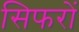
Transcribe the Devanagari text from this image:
सिफरों